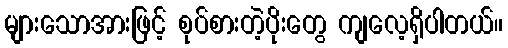
များသောအားဖြင့် စုပ်စားတဲ့ပိုးတွေ ကျလေ့ရှိပါတယ်။